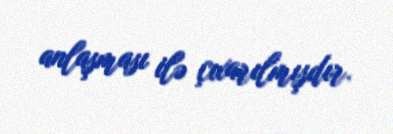
anlaşması ilə çıxarılmışdır.